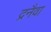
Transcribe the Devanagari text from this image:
द्रनैवा